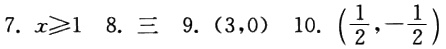
7. \(x\geqslant1\) 8. 三 9. \((3,0)\) 10. \((\frac{1}{2},-\frac{1}{2})\)